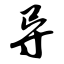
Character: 导